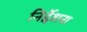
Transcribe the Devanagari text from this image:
निर्द्देशना